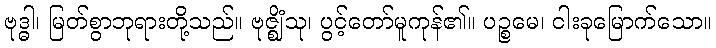
ဗုဒ္ဓါ၊ မြတ်စွာဘုရားတို့သည်။ ဗုဇ္ဈိံသု၊ ပွင့်တော်မူကုန်၏။ ပဉ္စမေ၊ ငါးခုမြောက်သော။